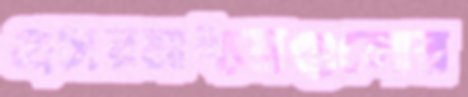
প্রচারমাধ্যমগুলোর